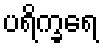
ပရိက္ခရေ